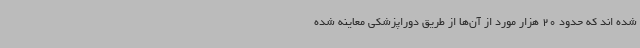
شده اند که حدود 20 هزار مورد از آن‌ها از طریق دوراپزشکی معاینه شده‌